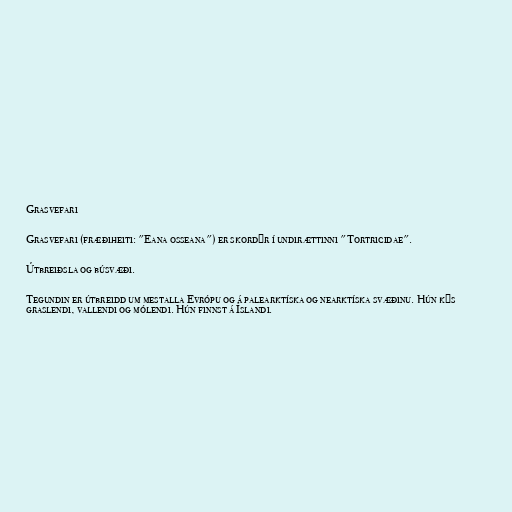
Grasvefari

Grasvefari (fræðiheiti: "Eana osseana") er skordýr í undirættinni "Tortricidae".

Útbreiðsla og búsvæði.

Tegundin er útbreidd um mestalla Evrópu og á palearktíska og nearktíska svæðinu. Hún kýs
graslendi, vallendi og mólendi. Hún finnst á Íslandi.